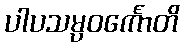
ပါပသမ္ပဝင်္ကောတိ